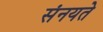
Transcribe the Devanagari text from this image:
संनयते